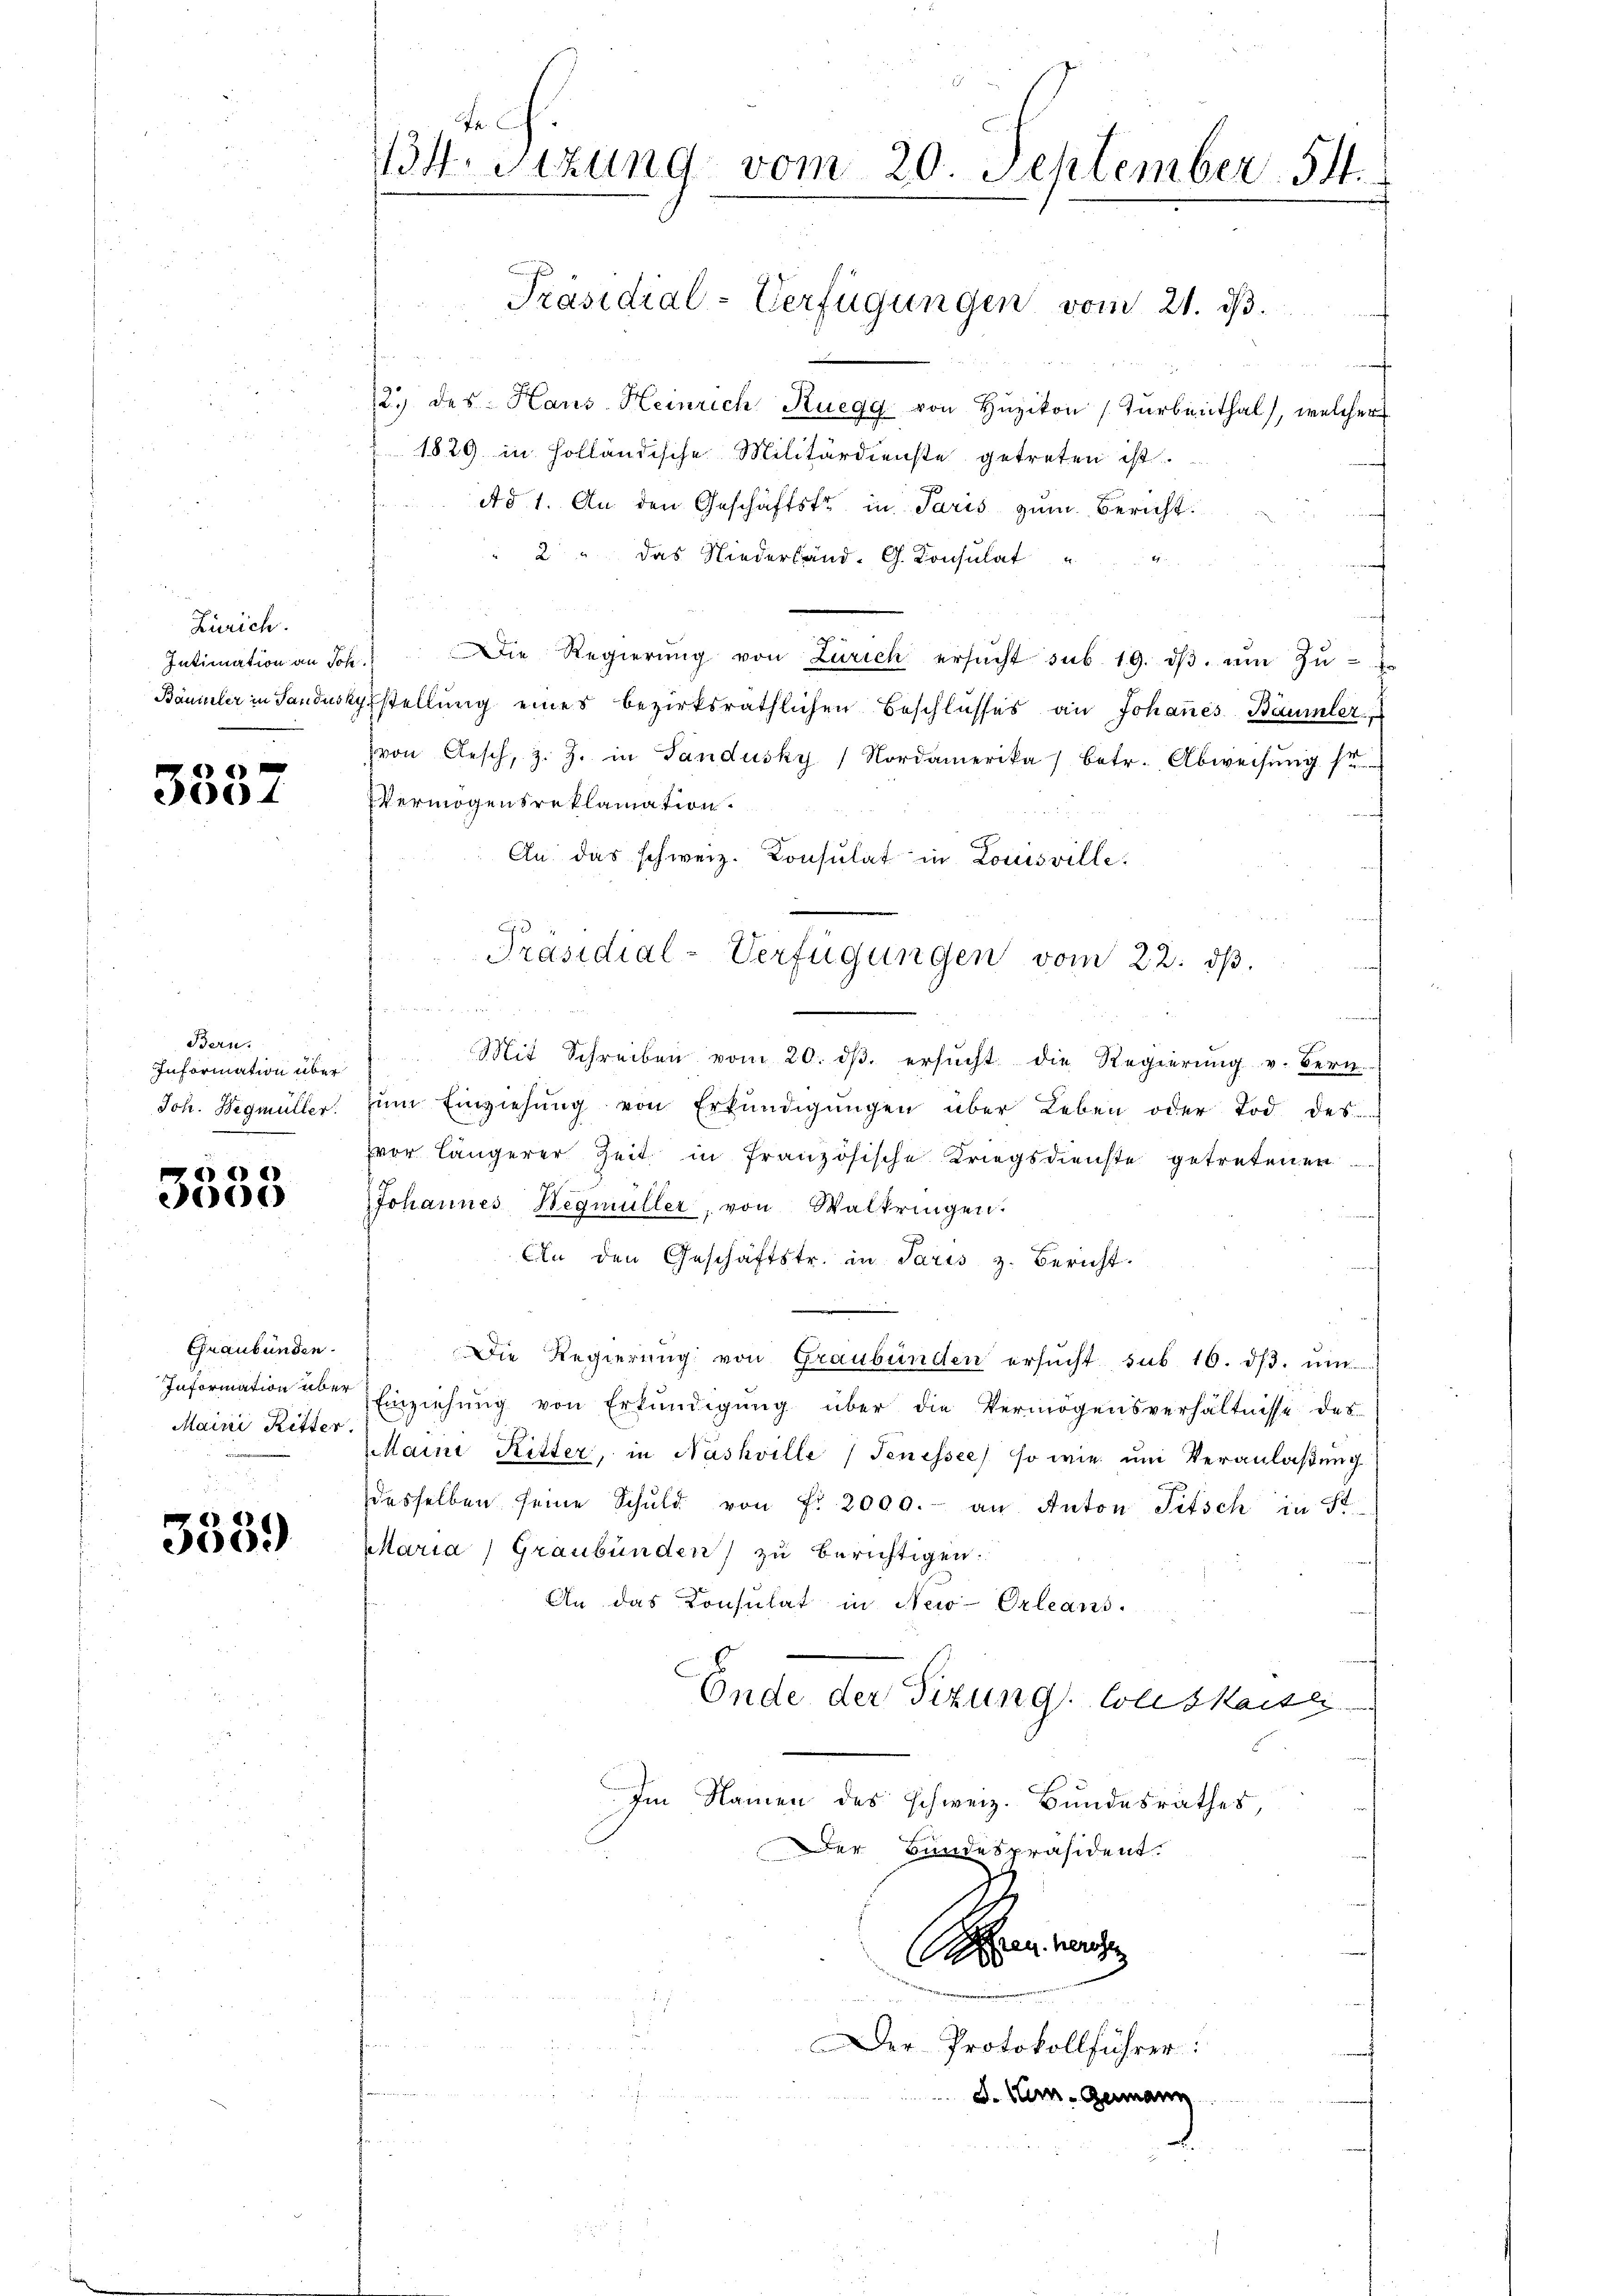
Zürich.
Intimation an Jose
Bäumler in Sandustr

3537

Bern.
Information über
Joh. Begmüller.

e
0

Graubünden.
Information über
Maini, Ritter.

3539

Fr.
14. Sitzung vom 20. September 154.

Präsidial-Verfügungen vom 21. ds.

f
f
12 des Haus Heinrich Ruegg von Huzikon (Turbenthal, welcher
1829 in Holländische Militärdienste getreten ist.
Ad 1. An den Geschäftstr. in Paris zum Bericht
2 " das Niederland. G. Konsulat
"Die Regierŭng von Zürich ersŭcht sub. 19. dβ ŭm Zŭ-
stellung eines bezirksräthlichen Beschlusses an Johannes Bäumler
von Aesch, z. Z. in Sandusky / Nordamerika / betr. Abweisung s
Vermögensreklamation.
An das schweiz. Consulat in Louisville:
n
Mit Schreiben vom 20. dβ. ersŭcht die Regierung v. Bern
um Einziehung von Erkundigungen über Leben oder Tod des
vor längerer Zeit in französische Kriegsdienste getretenen
Johannes Begmüller, von Waltringen.
An den Geschäftstr. in Paris z. Bericht.
Die Regierung von Graubünden ersucht, sub 16. ds. um
Einziehŭng von Erkundigŭng über die Vermögensverhältnisse des
Maini, Ritter, in Nashville (Tenessee) so wie ŭm Veranlaßung
desselben seine Schuld von f. 2000. an Anton Titsch in S
Maria Graubünden) zu berichtigen.
An das Konsulat in New-Orleans.
Ende der Sitzung Collskaise
Im Namen des Schweiz. Bundesrathes,
Der Bundespräsident.
An werden

Präsidial-Verfügungen vom 22. dβ.

Der Protokollführer:
d. Hrn. Germann